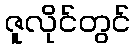
ဇူလိုင်တွင်